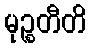
မုဉ္စတီတိ